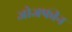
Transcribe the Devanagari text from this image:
जोजफीन